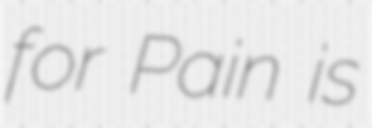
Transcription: for Pain is